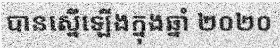
បានស្នើឡើងក្នុងឆ្នាំ ២០២០